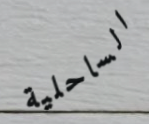
الساحلية